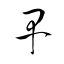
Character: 早